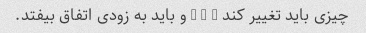
چیزی باید تغییر کند - - - و باید به زودی اتفاق بیفتد.